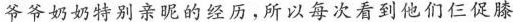
爷爷奶奶特别亲昵的经历，所以每次看到他们仨促膝